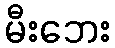
မီးဘေး